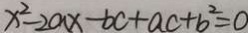
x ^ { 2 } - 2 a x - b c + a c + b ^ { 2 } = 0